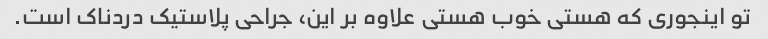
تو اینجوری که هستی خوب هستی علاوه بر این، جراحی پلاستیک دردناک است.